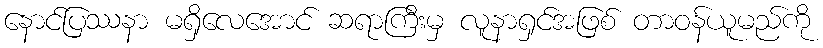
နောင်ပြဿနာ မရှိလေအောင် ဆရာကြီးမှ လူနာရှင်အဖြစ် တာဝန်ယူမည်ကို